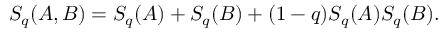
S _ { q } ( A , B ) = S _ { q } ( A ) + S _ { q } ( B ) + ( 1 - q ) S _ { q } ( A ) S _ { q } ( B ) .